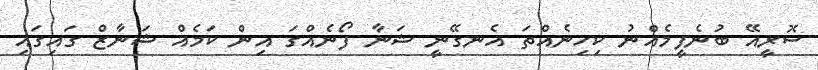
ސޮރީއޭ ބުނެފީމެއްނު ކިހިނެއްތަ އެނގޭނީ ޝަނާ ފޯނެއްގަ އިން ކަމެއް ޝަނާޒް ގައިގައި